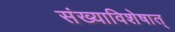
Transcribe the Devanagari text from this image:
संख्याविशेषात्